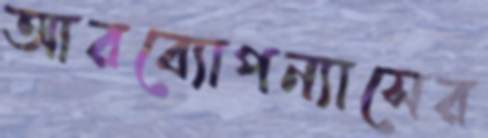
আরব্যোপন্যাসের